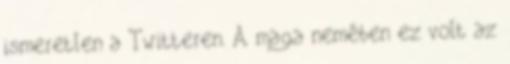
ismeretlen a Twitteren. A maga nemében ez volt az